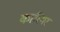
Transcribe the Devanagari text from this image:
कारिगर